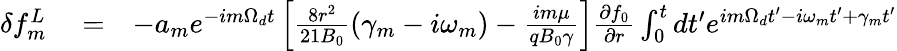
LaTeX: \begin{array}{rlr}{\delta f_{m}^{L}}&{{}=}&{-a_{m}e^{-im\Omega_{d}t}\left[\frac{8r^{2}}{21B_{0}}(\gamma_{m}-i\omega_{m})-\frac{im\mu}{qB_{0}\gamma}\right]\frac{\partial f_{0}}{\partial r}\int_{0}^{t}dt^{\prime}e^{im\Omega_{d}t^{\prime}-i\omega_{m}t^{\prime}+\gamma_{m}t^{\prime}}}\end{array}